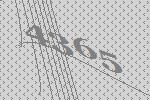
4365